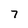
Character: 7